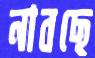
নাবছে